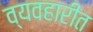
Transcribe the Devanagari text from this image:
व्यवहारीत